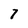
Character: 7